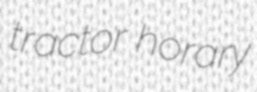
tractor horary